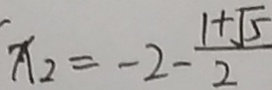
x _ { 2 } = - 2 - \frac { 1 + \sqrt { 5 } } { 2 }